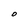
Character: O